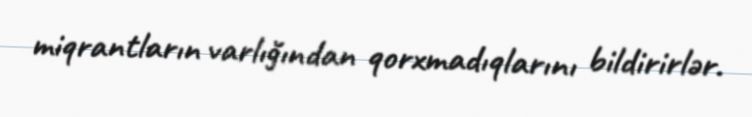
miqrantların varlığından qorxmadıqlarını bildirirlər.